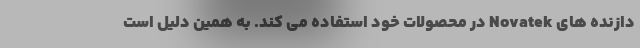
دازنده های Novatek در محصولات خود استفاده می کند. به همین دلیل است